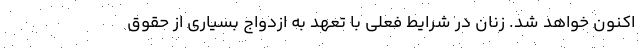
اکنون خواهد شد. زنان در شرایط فعلی با تعهد به ازدواج بسیاری از حقوق